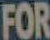
FOR